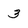
Character: 3